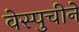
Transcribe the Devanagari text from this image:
वेस्पुचीने